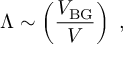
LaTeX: \Lambda \sim \left( \frac { V _ { \mathrm { B G } } } { V } \right) \ ,